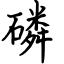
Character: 磷